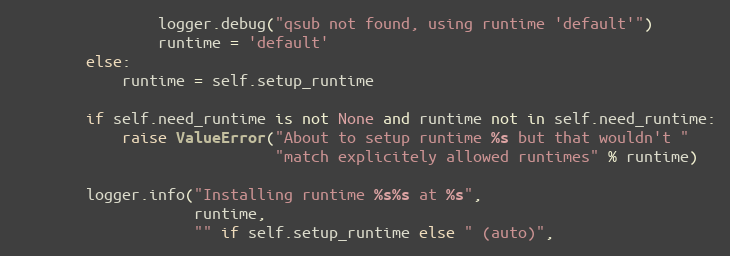
Language: Python
                logger.debug("qsub not found, using runtime 'default'")
                runtime = 'default'
        else:
            runtime = self.setup_runtime

        if self.need_runtime is not None and runtime not in self.need_runtime:
            raise ValueError("About to setup runtime %s but that wouldn't "
                             "match explicitely allowed runtimes" % runtime)

        logger.info("Installing runtime %s%s at %s",
                    runtime,
                    "" if self.setup_runtime else " (auto)",